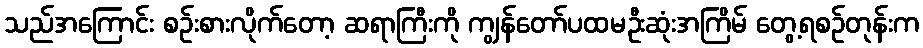
သည်အကြောင်း စဉ်းစားလိုက်တော့ ဆရာကြီးကို ကျွန်တော်ပထမဦးဆုံးအကြိမ် တွေ့ရစဉ်တုန်းက